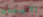
الايمان